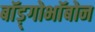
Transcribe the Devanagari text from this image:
बाॅड़्गोभाॅबोन